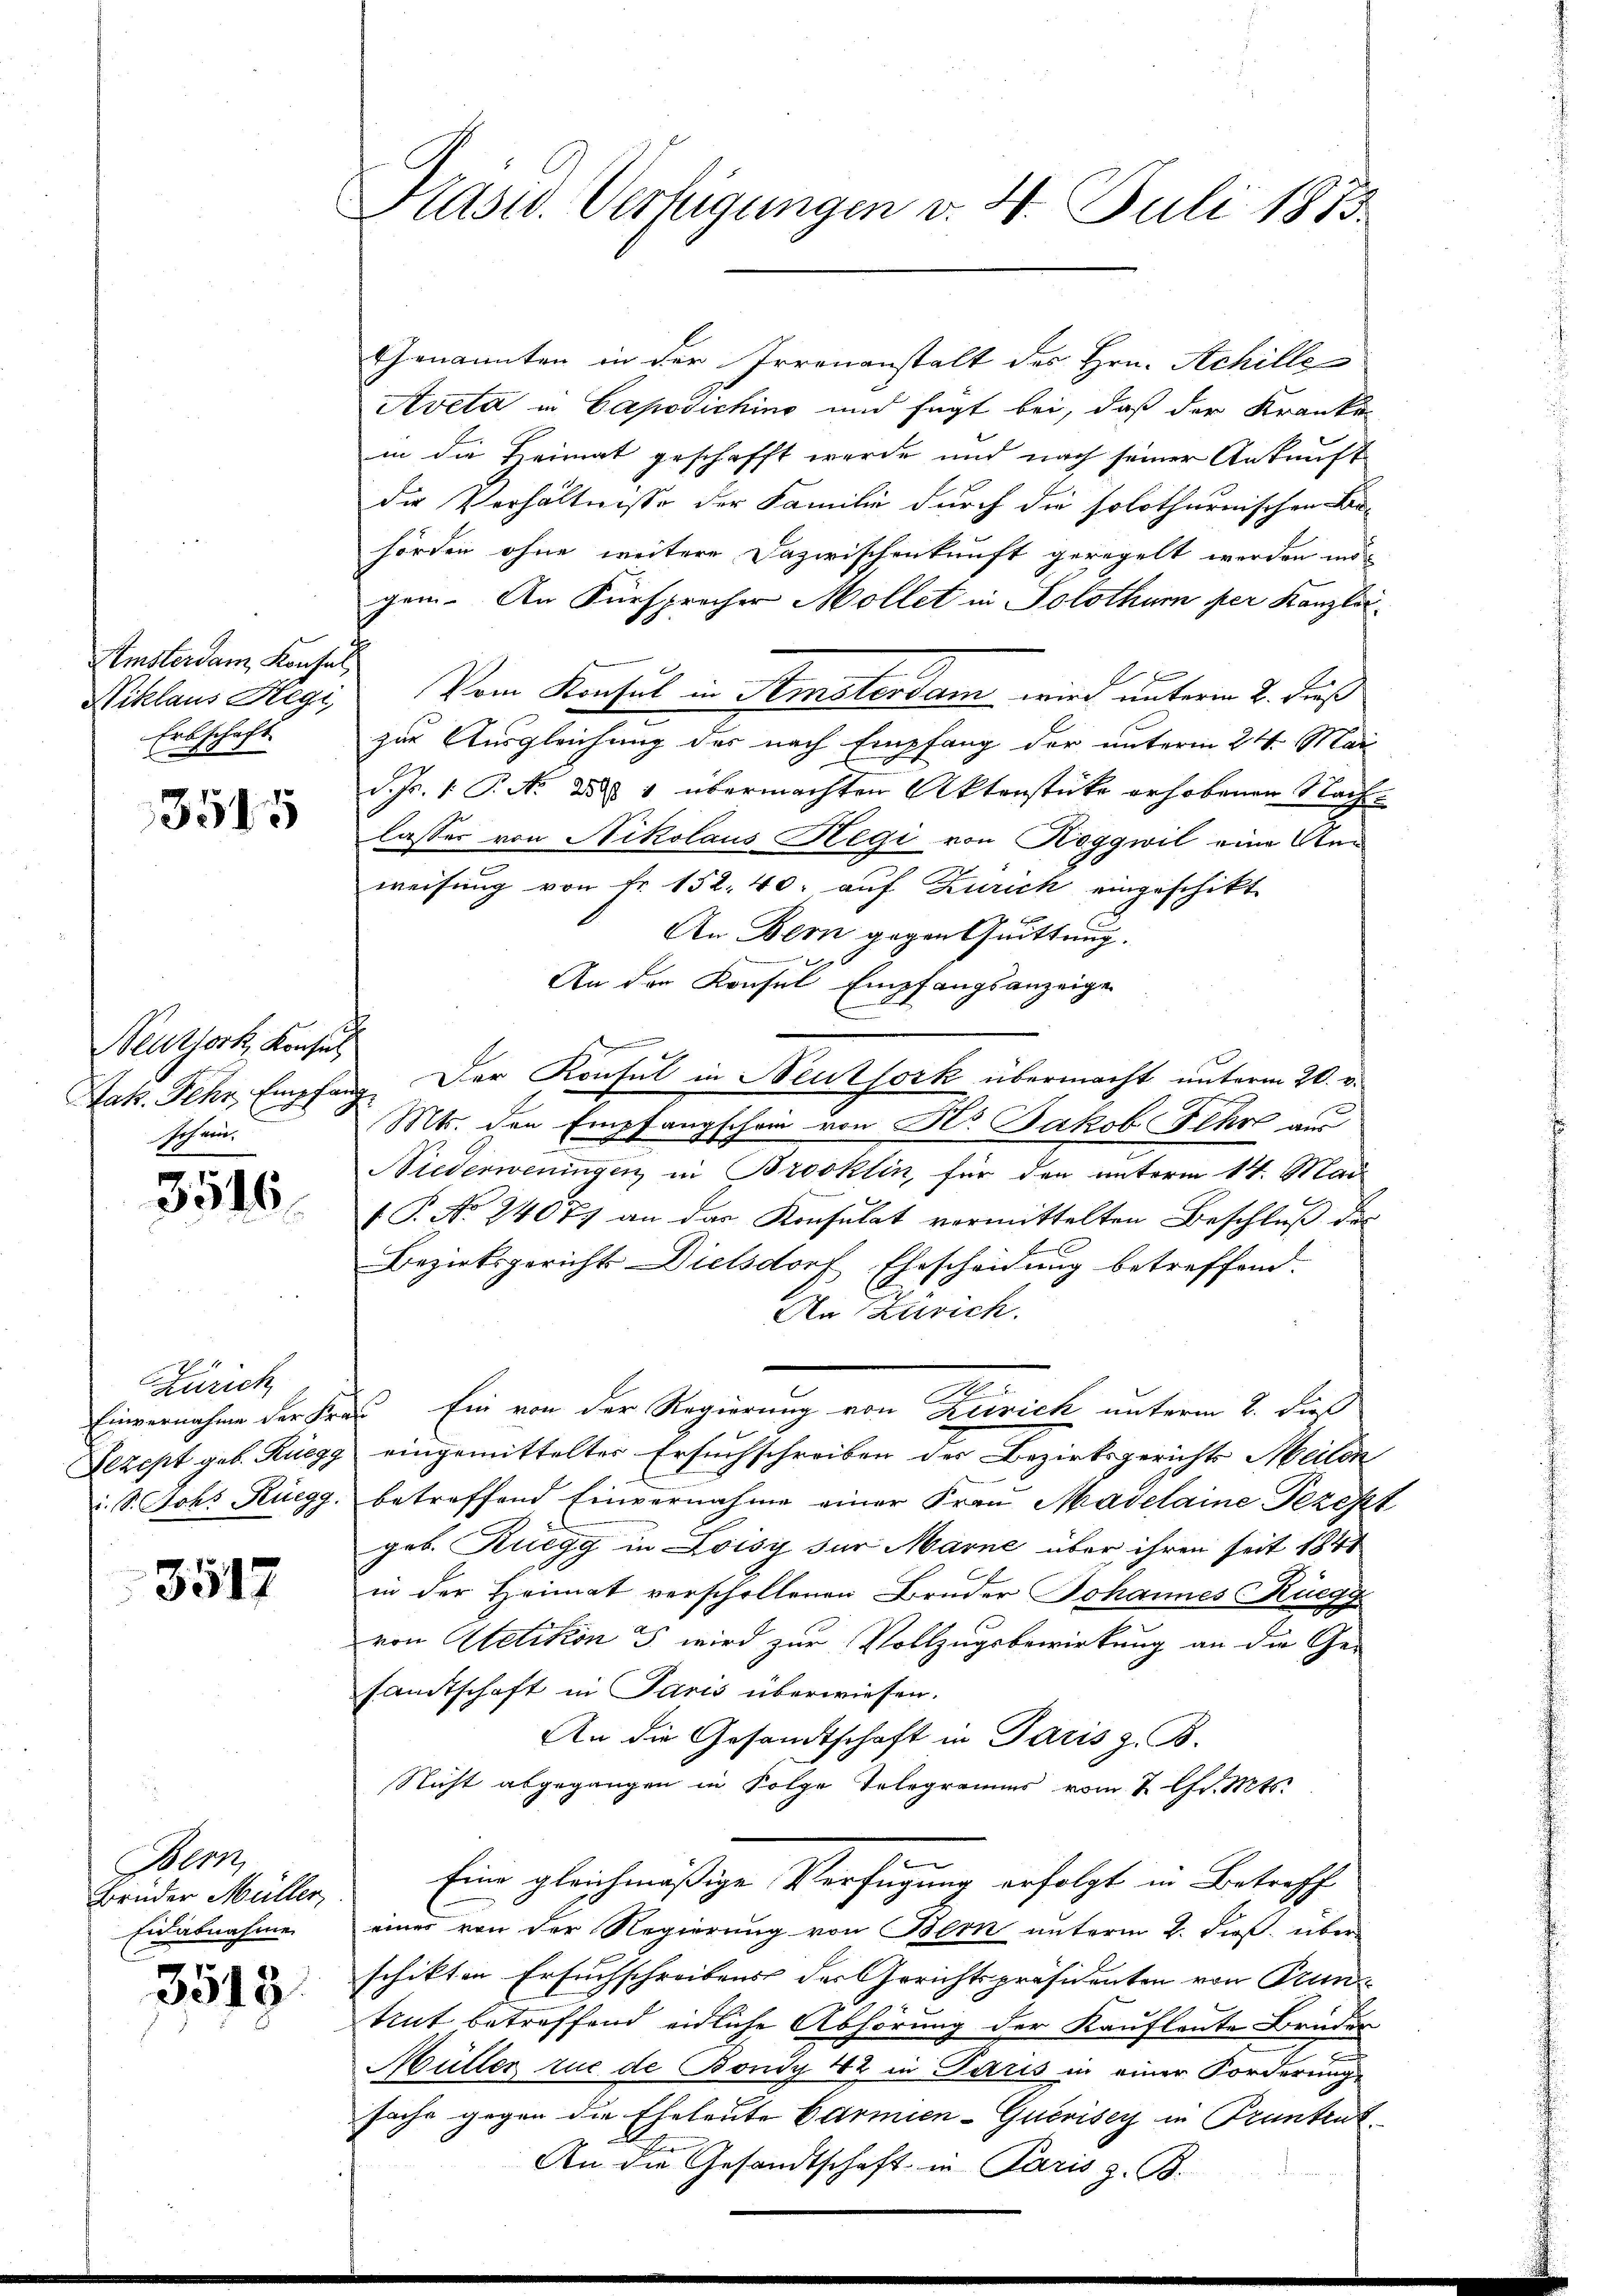
Semsterdam Konsul
Niklaus Begi
Erbschaft

3515

Neutjork Konsul
Jak. Fehr, Empfange
Schrei¬

3546

Zürich
Rezept geb. Rüegg
i. S. Joh. Ruegg.

3517

Arn
Bruder Müller
Eidabnahme

3515

Präsid. Verfügungen v. 4. Juli 1873

Genannten in der Irrenanstalt des Hrn. Achille
Aveta in Capodichino und fügt bei, daß der Kranke
in die Heimat geschafft werde und nach seiner Ankunft
die Verhältnisse der Familie durch die solothurnischen Be-
hörden ohne weitere Dazwischenkunft geregelt werden und
gen. An Fürsprocher Möllet in Solothum her Kanzlei-
E
Vom Konsul in Semsterdam wird unterm 2. Fuß
zur Ausgleichung des nach Empfang der unterm 24. Mai
d. Js. 1 P. N. 288 1 übermachten Aktenstücke erhobenen Nachlasser von Nikolaus Hegi von Roggwil eine An
weisung von Fr. 152. 40. auf Zürich eingeschikt
An Bern gegen Quittung.
An den Konsul Empfangsanzeige
Der Konsul in Neutfork übermacht unterm 20. v.
Mts. den Empfangschon von St. Jakob Fehr aus
Niederweningen, in Brooklin, für den unterm 14. Mai
f P. No. 24077 an das Konsulat vormittelten Beschluß des
Bezirksgerichts Dielsdorf Ehescheidung betreffend.
An Zürich.
M
Einvernahme der Frau Ein von der Regierung von Zürich unterm 2. daß
eingemitteltes Ersuchschreiben der Bezirksgerichts Meilen
betreffend Einvernahme einer Frau Madelaine Rezept
geb. Ruegg in Loisy für Marne über ihren seit 1848
in der Heimat verschollenen Brüder Johannes Ruegg,
von Oetikon u. wird zur Vollzugsbewirkung an die Ge-
samtschaft in Paris überwiesen.
An die Gesandtschaft in Paris z. B.
Nicht abgegangen in Folge Telegramms vom 2. Chr. Mts.
Eine gleichmäßige Verfügung erfolgt in Betreffe
eines von der Regierung von Bern unterm 2. Fies. über
schikten Ersuchschreibens der Gerichtspräsidenten von Prun
Mit betreffend eidliche Abhörung der Kaufleute Bruder
Müller rue de Bondy 42 in Paris in einer Forderungs
fache gegen die Eheleute Carmien-Gucrisey in Prunkent
An die Gesandtschaft in Paris z. B.